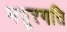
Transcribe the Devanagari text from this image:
मयूरगति